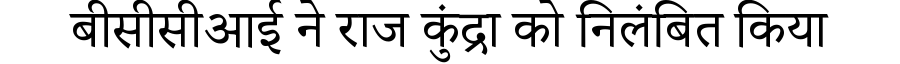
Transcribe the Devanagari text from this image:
बीसीसीआई ने राज कुंद्रा को निलंबित किया